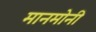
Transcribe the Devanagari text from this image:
मानमोनी